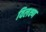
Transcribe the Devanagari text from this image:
विलक्ष्ण